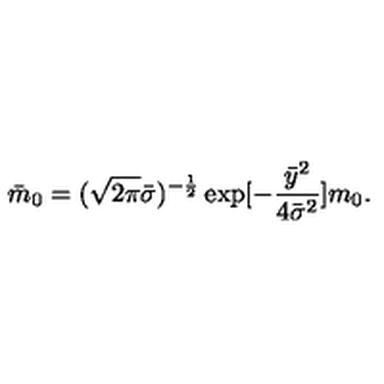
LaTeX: { \bar { m } } _ { 0 } = ( \sqrt { 2 \pi } { \bar { \sigma } } ) ^ { - \frac { 1 } { 2 } } \exp [ - \frac { { \bar { y } } ^ { 2 } } { 4 { \bar { \sigma } } ^ { 2 } } ] m _ { 0 } .